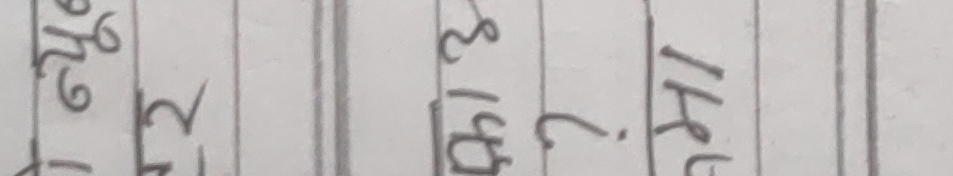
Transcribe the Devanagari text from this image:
The extracted text from the image, read horizontally after a 90-degree counter-clockwise rotation, is:
The २ सप 15 ? The